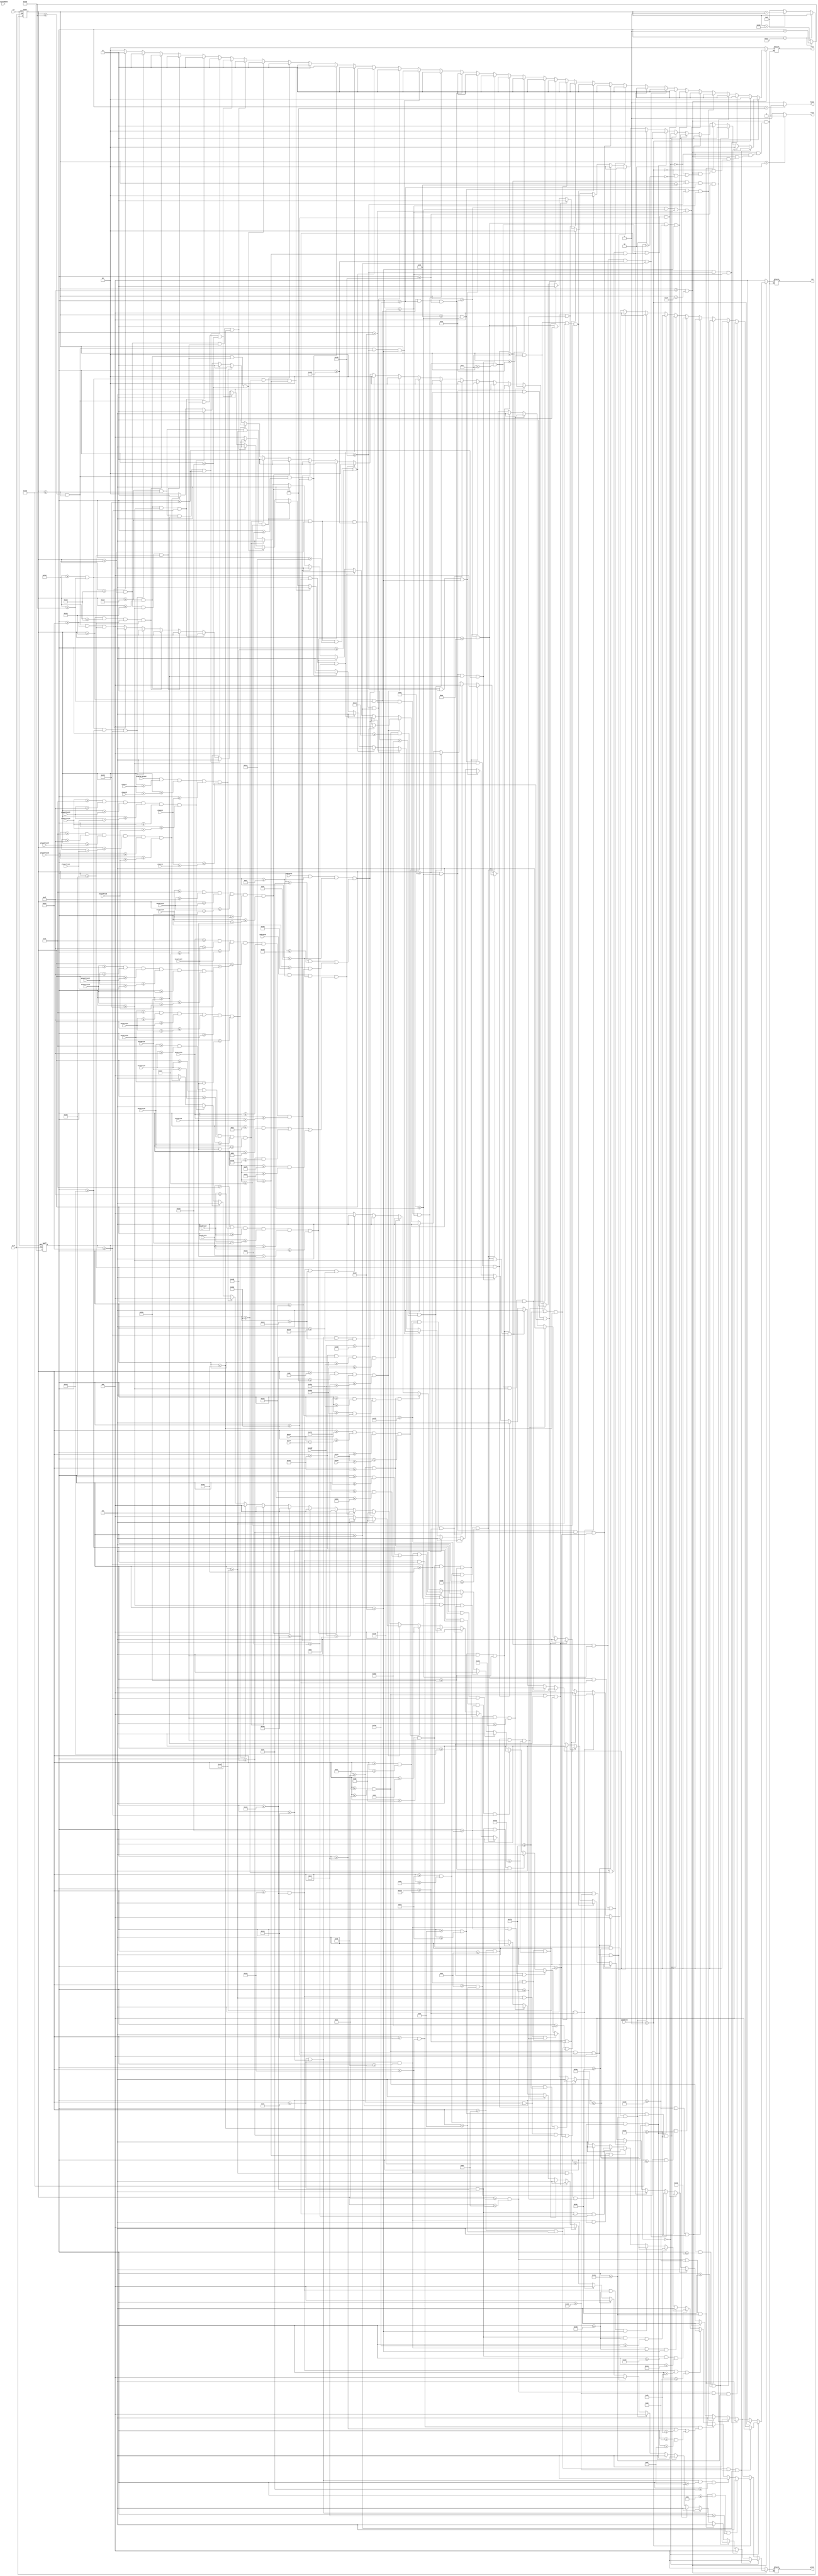
`timescale 1ns / 1ps
//////////////////////////////////////////////////////////////////////////////////
// Company: 
// Engineer: 
// 
// Design Name: 
// Module Name:    vga640x480 
// Project Name: 
// Target Devices: 
// Tool versions: 
// Description: 
//
// Dependencies: 
//
// Revision: 
// Revision 0.01 - File Created
// Additional Comments: 
//
//////////////////////////////////////////////////////////////////////////////////
module vga640x480(
	input wire dclk,			//pixel clock: 25MHz
	input wire display_player,
	input wire rst,			//asynchronous reset
	
	input wire [9:0] bossX,
	input wire [8:0] bossY,
	input wire [9:0] bossW,
	input wire [8:0] bossH,
	
	input wire playerImmune,
	input wire indicate1,
	input wire indicate2,
	input wire [9:0] bossProj1X,
	input wire [8:0] bossProj1Y,
	input wire [9:0] bossProj2X,
	input wire [8:0] bossProj2Y,
	input wire [9:0] bossProj3X,
	input wire [8:0] bossProj3Y,
	input wire [9:0] bossProj4X,
	input wire [8:0] bossProj4Y,
	input wire [9:0] bossProj5X,
	input wire [8:0] bossProj5Y,
	input wire [9:0] bossProjW,
	input wire [8:0] bossProjH,
	input wire [9:0] bossHP,
	
	input wire [9:0] playerX,
	input wire [8:0] playerY,
	input wire [9:0] playerW,
	input wire [8:0] playerH,
	
	input wire [9:0] playerProj1X,
	input wire [8:0] playerProj1Y,
	input wire [9:0] playerProj2X,
	input wire [8:0] playerProj2Y,
	input wire [9:0] playerProj3X,
	input wire [8:0] playerProj3Y,
	input wire [9:0] playerProjW,
	input wire [8:0] playerProjH,
	
	input wire [1:0] gameState,
	
	output wire hsync,		//horizontal sync out
	output wire vsync,		//vertical sync out
	output reg [2:0] red,	//red vga output
	output reg [2:0] green, //green vga output
	output reg [1:0] blue	//blue vga output
	);

// video structure constants
parameter hpixels = 800;// horizontal pixels per line
parameter vlines = 521; // vertical lines per frame
parameter hpulse = 96; 	// hsync pulse length
parameter vpulse = 2; 	// vsync pulse length
parameter hbp = 144; 	// end of horizontal back porch
parameter hfp = 784; 	// beginning of horizontal front porch
parameter vbp = 31; 		// end of vertical back porch
parameter vfp = 511; 	// beginning of vertical front porch
// active horizontal video is therefore: 784 - 144 = 640
// active vertical video is therefore: 511 - 31 = 480

parameter bossHP_Y = 56;
parameter bossHP_H = 40;
parameter bossHP_X = 144 + 50;

parameter PX_PER_BLOCK = 15;
parameter EYE_PX_PER_BLOCK = 10;
parameter VICTORY_Y = 233;
parameter VICTORY_X = 179;

parameter GAMEOVER_X = 314;
parameter GAMEOVER_Y = 189;

parameter LEFT_EYE_X = 334;
parameter LEFT_EYE_Y = 151;
parameter RIGHT_EYE_X = 264+230;
parameter RIGHT_EYE_Y = 151;

parameter INDIC_W = 10;
parameter INDIC_H = 15;
parameter INDIC_Y = 231;
parameter INDIC1_1X = 254;
parameter INDIC1_2X = 664;
parameter INDIC2_1X = 144 + 30;
parameter INDIC2_2X = 464;
parameter INDIC2_3X = 783 - 30;

// registers for storing the horizontal & vertical counters
reg [9:0] hc;
reg [9:0] vc;

// Horizontal & vertical counters --
// this is how we keep track of where we are on the screen.
// ------------------------
// Sequential "always block", which is a block that is
// only triggered on signal transitions or "edges".
// posedge = rising edge  &  negedge = falling edge
// Assignment statements can only be used on type "reg" and need to be of the "non-blocking" type: <=
always @(posedge dclk or posedge rst)
begin
	// reset condition
	if (rst == 1)
	begin
		hc <= 0;
		vc <= 0;
	end
	else
	begin
		// keep counting until the end of the line
		if (hc < hpixels - 1)
			hc <= hc + 1;
		else
		// When we hit the end of the line, reset the horizontal
		// counter and increment the vertical counter.
		// If vertical counter is at the end of the frame, then
		// reset that one too.
		begin
			hc <= 0;
			if (vc < vlines - 1)
				vc <= vc + 1;
			else
				vc <= 0;
		end
		
	end
end

// generate sync pulses (active low)
// ----------------
// "assign" statements are a quick way to
// give values to variables of type: wire
assign hsync = (hc < hpulse) ? 0:1;
assign vsync = (vc < vpulse) ? 0:1;

// display 100% saturation colorbars
// ------------------------
// Combinational "always block", which is a block that is
// triggered when anything in the "sensitivity list" changes.
// The asterisk implies that everything that is capable of triggering the block
// is automatically included in the sensitivty list.  In this case, it would be
// equivalent to the following: always @(hc, vc)
// Assignment statements can only be used on type "reg" and should be of the "blocking" type: =
always @(hc,vc)
begin
	// first check if we're within vertical active video range
	if (vc >= vbp && vc < vfp)
	begin
		// NORMAL GAME STATE
		if (gameState == 2'b00) begin
		
				
			// Boss' left eye
			if (vc >= LEFT_EYE_Y + (2*EYE_PX_PER_BLOCK) && vc <= LEFT_EYE_Y + (4*EYE_PX_PER_BLOCK) &&
				hc >= LEFT_EYE_X + (5*EYE_PX_PER_BLOCK) && hc <= LEFT_EYE_X + (7*EYE_PX_PER_BLOCK))
			begin
				red = 3'b000;
				green = 3'b000;
				blue = 2'b00;
			end

			else if (vc >= LEFT_EYE_Y + EYE_PX_PER_BLOCK && vc <= LEFT_EYE_Y + (2*EYE_PX_PER_BLOCK) &&
				hc >= LEFT_EYE_X + (5*EYE_PX_PER_BLOCK) && hc <= LEFT_EYE_X + (6*EYE_PX_PER_BLOCK))
			begin
				red = 3'b000;
				green = 3'b000;
				blue = 2'b00;
			end
			else if (vc >= LEFT_EYE_Y && vc <= LEFT_EYE_Y + EYE_PX_PER_BLOCK &&
				hc >= LEFT_EYE_X && hc <= LEFT_EYE_X + (3*EYE_PX_PER_BLOCK))
			begin
				red = 3'b111;
				green = 3'b111;
				blue = 2'b11;
			end

			else if (vc >= LEFT_EYE_Y + EYE_PX_PER_BLOCK && vc <= LEFT_EYE_Y + (2*EYE_PX_PER_BLOCK) &&
				hc >= LEFT_EYE_X + EYE_PX_PER_BLOCK && hc <= LEFT_EYE_X + (6*EYE_PX_PER_BLOCK))
			begin
				red = 3'b111;
				green = 3'b111;
				blue = 2'b11;
			end

			else if (vc >= LEFT_EYE_Y + (2*EYE_PX_PER_BLOCK) && vc <= LEFT_EYE_Y + (3*EYE_PX_PER_BLOCK) &&
				hc >= LEFT_EYE_X + EYE_PX_PER_BLOCK && hc <= LEFT_EYE_X + (9*EYE_PX_PER_BLOCK))
			begin
				red = 3'b111;
				green = 3'b111;
				blue = 2'b11;
			end

			else if (vc >= LEFT_EYE_Y + (3*EYE_PX_PER_BLOCK) && vc <= LEFT_EYE_Y + (4*EYE_PX_PER_BLOCK) &&
				hc >= LEFT_EYE_X + (2*EYE_PX_PER_BLOCK) && hc <= LEFT_EYE_X + (9*EYE_PX_PER_BLOCK))
			begin
				red = 3'b111;
				green = 3'b111;
				blue = 2'b11;
			end

			else if (vc >= LEFT_EYE_Y + (4*EYE_PX_PER_BLOCK) && vc <= LEFT_EYE_Y + (5*EYE_PX_PER_BLOCK) &&
				hc >= LEFT_EYE_X + (3*EYE_PX_PER_BLOCK) && hc <= LEFT_EYE_X + (9*EYE_PX_PER_BLOCK))
			begin
				red = 3'b111;
				green = 3'b111;
				blue = 2'b11;
			end

			else if (vc >= LEFT_EYE_Y + (5*EYE_PX_PER_BLOCK) && vc <= LEFT_EYE_Y + (6*EYE_PX_PER_BLOCK) &&
				hc >= LEFT_EYE_X + (4*EYE_PX_PER_BLOCK) && hc <= LEFT_EYE_X + (8*EYE_PX_PER_BLOCK))
			begin
				red = 3'b111;
				green = 3'b111;
				blue = 2'b11;
			end
			//boss left eyebrow
			else if (vc >= LEFT_EYE_Y - (2*EYE_PX_PER_BLOCK) && vc <= LEFT_EYE_Y - EYE_PX_PER_BLOCK &&
				hc >= LEFT_EYE_X + (3*EYE_PX_PER_BLOCK) && hc <= LEFT_EYE_X + (6*EYE_PX_PER_BLOCK))
			begin
				red = 3'b000;
				green = 3'b000;
				blue = 2'b00;
			end

			else if (vc >= LEFT_EYE_Y - EYE_PX_PER_BLOCK && vc <= LEFT_EYE_Y &&
				hc >= LEFT_EYE_X + (5*EYE_PX_PER_BLOCK) && hc <= LEFT_EYE_X + (8*EYE_PX_PER_BLOCK))
			begin
				red = 3'b000;
				green = 3'b000;
				blue = 2'b00;
			end

			else if (vc >= LEFT_EYE_Y && vc <= LEFT_EYE_Y + EYE_PX_PER_BLOCK &&
				hc >= LEFT_EYE_X + (7*EYE_PX_PER_BLOCK) && hc <= LEFT_EYE_X + (10*EYE_PX_PER_BLOCK))
			begin
				red = 3'b000;
				green = 3'b000;
				blue = 2'b00;
			end


			
			
			// Boss' right eye
			else if (vc >= RIGHT_EYE_Y + (2*EYE_PX_PER_BLOCK) && vc <= RIGHT_EYE_Y + (4*EYE_PX_PER_BLOCK) &&
				hc >= RIGHT_EYE_X + (2*EYE_PX_PER_BLOCK) && hc <= RIGHT_EYE_X + (4*EYE_PX_PER_BLOCK))
			begin
				red = 3'b000;
				green = 3'b000;
				blue = 2'b00;
			end

			else if (vc >= RIGHT_EYE_Y + EYE_PX_PER_BLOCK && vc <= RIGHT_EYE_Y + (2*EYE_PX_PER_BLOCK) &&
				hc >= RIGHT_EYE_X + (3*EYE_PX_PER_BLOCK) && hc <= RIGHT_EYE_X + (4*EYE_PX_PER_BLOCK))
			begin
				red = 3'b000;
				green = 3'b000;
				blue = 2'b00;
			end
			else if (vc >= RIGHT_EYE_Y && vc <= RIGHT_EYE_Y + EYE_PX_PER_BLOCK &&
				hc >= RIGHT_EYE_X + (6*EYE_PX_PER_BLOCK) && hc <= RIGHT_EYE_X + (9*EYE_PX_PER_BLOCK))
			begin
				red = 3'b111;
				green = 3'b111;
				blue = 2'b11;
			end

			else if (vc >= RIGHT_EYE_Y + EYE_PX_PER_BLOCK && vc <= RIGHT_EYE_Y + (2*EYE_PX_PER_BLOCK) &&
				hc >= RIGHT_EYE_X + (3*EYE_PX_PER_BLOCK) && hc <= RIGHT_EYE_X + (8*EYE_PX_PER_BLOCK))
			begin
				red = 3'b111;
				green = 3'b111;
				blue = 2'b11;
			end

			else if (vc >= RIGHT_EYE_Y + (2*EYE_PX_PER_BLOCK) && vc <= RIGHT_EYE_Y + (3*EYE_PX_PER_BLOCK) &&
				hc >= RIGHT_EYE_X && hc <= RIGHT_EYE_X + (8*EYE_PX_PER_BLOCK))
			begin
				red = 3'b111;
				green = 3'b111;
				blue = 2'b11;
			end

			else if (vc >= RIGHT_EYE_Y + (3*EYE_PX_PER_BLOCK) && vc <= RIGHT_EYE_Y + (4*EYE_PX_PER_BLOCK) &&
				hc >= RIGHT_EYE_X && hc <= RIGHT_EYE_X + (7*EYE_PX_PER_BLOCK))
			begin
				red = 3'b111;
				green = 3'b111;
				blue = 2'b11;
			end

			else if (vc >= RIGHT_EYE_Y + (4*EYE_PX_PER_BLOCK) && vc <= RIGHT_EYE_Y + (5*EYE_PX_PER_BLOCK) &&
				hc >= RIGHT_EYE_X && hc <= RIGHT_EYE_X + (6*EYE_PX_PER_BLOCK))
			begin
				red = 3'b111;
				green = 3'b111;
				blue = 2'b11;
			end

			else if (vc >= RIGHT_EYE_Y + (5*EYE_PX_PER_BLOCK) && vc <= RIGHT_EYE_Y + (6*EYE_PX_PER_BLOCK) &&
				hc >= RIGHT_EYE_X + EYE_PX_PER_BLOCK && hc <= RIGHT_EYE_X + (5*EYE_PX_PER_BLOCK))
			begin
				red = 3'b111;
				green = 3'b111;
				blue = 2'b11;
			end

			else if (vc >= RIGHT_EYE_Y - (2*EYE_PX_PER_BLOCK) && vc <= RIGHT_EYE_Y - EYE_PX_PER_BLOCK &&
				hc >= RIGHT_EYE_X + (3*EYE_PX_PER_BLOCK) && hc <= RIGHT_EYE_X + (6*EYE_PX_PER_BLOCK))
			begin
				red = 3'b000;
				green = 3'b000;
				blue = 2'b00;
			end
			// Boss right eyebrow
			else if (vc >= RIGHT_EYE_Y - EYE_PX_PER_BLOCK && vc <= RIGHT_EYE_Y &&
				hc >= RIGHT_EYE_X + EYE_PX_PER_BLOCK && hc <= RIGHT_EYE_X + (4*EYE_PX_PER_BLOCK))
			begin
				red = 3'b000;
				green = 3'b000;
				blue = 2'b00;
			end

			else if (vc >= RIGHT_EYE_Y && vc <= RIGHT_EYE_Y + EYE_PX_PER_BLOCK &&
				hc >= RIGHT_EYE_X - EYE_PX_PER_BLOCK && hc <= RIGHT_EYE_X + (2*EYE_PX_PER_BLOCK))
			begin
				red = 3'b000;
				green = 3'b000;
				blue = 2'b00;
			end

			

		
			// draw boss rectangle
			else if (vc >= bossY && vc <= bossY + bossH &&
				hc >= bossX && hc <= bossX + bossW)
			begin
				red = 3'b111;
				green = 3'b000;
				blue = 2'b00;
			end
			
			// draw boss HP meter
			else if (vc >= bossHP_Y && vc <= (bossHP_Y + bossHP_H) &&
				hc >= bossHP_X && hc <= (bossHP_X + bossHP))
			begin
				if (bossHP > 360) begin
					red = 3'b000;
					green = 3'b111;
					blue = 2'b00;
				end
				
				else if (bossHP > 180) begin
					red = 3'b111;
					green = 3'b111;
					blue = 2'b00;
				end
				else begin
					red = 3'b111;
					green = 3'b000;
					blue = 2'b00;
				end
			end
		
			// draw indicators
			else if (indicate1 && vc >= INDIC_Y && vc <= INDIC_Y + INDIC_H &&
					((hc >= INDIC1_1X && hc <= INDIC1_1X + INDIC_W) ||
					(hc >= INDIC1_2X && hc <= INDIC1_2X + INDIC_W)))
			begin
				red = 3'b111;
				green = 3'b111;
				blue = 2'b00;
			end
						
			else if (indicate2 && vc >= INDIC_Y && vc <= INDIC_Y + INDIC_H &&
					((hc >= INDIC2_1X && hc <= INDIC2_1X + INDIC_W) ||
					(hc >= INDIC2_2X && hc <= INDIC2_2X + INDIC_W) ||
					(hc >= INDIC2_3X && hc <= INDIC2_3X + INDIC_W)))
			begin
				red = 3'b111;
				green = 3'b111;
				blue = 2'b00;
			end
						
			// draw boss projectile 1
			else if (bossProj1X >= 144 && bossProj1Y >= 31 &&
				vc >= bossProj1Y && vc <= bossProj1Y + bossProjH &&
				hc >= bossProj1X && hc <= bossProj1X + bossProjW)
			begin
				red = 3'b111;
				green = 3'b000;
				blue = 2'b11;
			end
			
			// draw boss projectile 2
			else if (bossProj2X >= 144 && bossProj2Y >= 31 &&
				vc >= bossProj2Y && vc <= bossProj2Y + bossProjH &&
				hc >= bossProj2X && hc <= bossProj2X + bossProjW)
			begin
				red = 3'b111;
				green = 3'b000;
				blue = 2'b11;
			end
			
			// draw boss projectile 3
			else if (bossProj3X >= 144 && bossProj3Y >= 31 &&
				vc >= bossProj3Y && vc <= bossProj3Y + bossProjH &&
				hc >= bossProj3X && hc <= bossProj3X + bossProjW)
			begin
				red = 3'b111;
				green = 3'b000;
				blue = 2'b11;
			end
			
			// draw boss projectile 4
			else if (bossProj4X >= 144 && bossProj4Y >= 31 &&
				vc >= bossProj4Y && vc <= bossProj4Y + bossProjH &&
				hc >= bossProj4X && hc <= bossProj4X + bossProjW)
			begin
				red = 3'b111;
				green = 3'b000;
				blue = 2'b11;
			end
			
			// draw boss projectile 5
			else if (bossProj5X >= 144 && bossProj5Y >= 31 &&
				vc >= bossProj5Y && vc <= bossProj5Y + bossProjH &&
				hc >= bossProj5X && hc <= bossProj5X + bossProjW)
			begin
				red = 3'b111;
				green = 3'b000;
				blue = 2'b11;
			end
			
			// draw player
			else if (/*(!playerImmune || (playerImmune && clk_immune)) &&*/ display_player && vc >= playerY && vc <= playerY + playerH &&
				hc >= playerX && hc <= playerX + playerW)
			begin
				red = 3'b000;
				green = 3'b000;
				blue = 2'b11;
			end
			
			// draw player projectile 1
			else if (playerProj1X >= 144 && playerProj1Y >= 31 &&
				vc >= playerProj1Y && vc <= playerProj1Y + playerProjH &&
				hc >= playerProj1X && hc <= playerProj1X + playerProjW)
			begin
				red = 3'b000;
				green = 3'b111;
				blue = 2'b11;
			end
			
			// draw player projectile 2
			else if (playerProj2X >= 144 && playerProj2Y >= 31 &&
				vc >= playerProj2Y && vc <= playerProj2Y + playerProjH &&
				hc >= playerProj2X && hc <= playerProj2X + playerProjW)
			begin
				red = 3'b000;
				green = 3'b111;
				blue = 2'b11;
			end
			
			// draw player projectile 3
			else if (playerProj3X >= 144 && playerProj3Y >= 31 &&
				vc >= playerProj3Y && vc <= playerProj3Y + playerProjH &&
				hc >= playerProj3X && hc <= playerProj3X + playerProjW)
			begin
				red = 3'b000;
				green = 3'b111;
				blue = 2'b11;
			end
			
			// we're outside active horizontal range so display black
			else
			begin
				red = 0;
				green = 0;
				blue = 0;
			end
		end
		//VICTORY GAME SCREEN
		else if (gameState == 2'b01) begin
			//Display "V"
			if (vc >= VICTORY_Y && vc <= VICTORY_Y + (3*PX_PER_BLOCK) &&
				hc >= VICTORY_X && hc <= VICTORY_X + PX_PER_BLOCK)
			begin
				red = 3'b000;
				green = 3'b111;
				blue = 2'b00;
			end
			
			else if (vc >= VICTORY_Y && vc <= VICTORY_Y + (3*PX_PER_BLOCK) &&
				hc >= VICTORY_X + (4*PX_PER_BLOCK) && hc <= VICTORY_X + (5*PX_PER_BLOCK))
			begin
				red = 3'b000;
				green = 3'b111;
				blue = 2'b00;
			end
			
			else if (vc >= VICTORY_Y + (3*PX_PER_BLOCK) && vc <= VICTORY_Y + (4*PX_PER_BLOCK) &&
				((hc >= VICTORY_X + PX_PER_BLOCK && hc <= VICTORY_X + (2*PX_PER_BLOCK)) ||
				(hc >= VICTORY_X + (3*PX_PER_BLOCK) && hc <= VICTORY_X + (4*PX_PER_BLOCK))))
			begin
				red = 3'b000;
				green = 3'b111;
				blue = 2'b00;
			end
			
			else if (vc >= VICTORY_Y + (4*PX_PER_BLOCK) && vc <= VICTORY_Y + (5*PX_PER_BLOCK) &&
				hc >= VICTORY_X + (2*PX_PER_BLOCK) && hc <= VICTORY_X + (3*PX_PER_BLOCK))
			begin
				red = 3'b000;
				green = 3'b111;
				blue = 2'b00;
			end
			
			//Display "I"
			else if (vc >= VICTORY_Y && vc <= VICTORY_Y + (5*PX_PER_BLOCK) &&
				hc >= VICTORY_X + (6*PX_PER_BLOCK) && hc <= VICTORY_X + (7*PX_PER_BLOCK))
			begin
				red = 3'b000;
				green = 3'b111;
				blue = 2'b00;
			end
			
			//Display "C"
			else if (vc >= VICTORY_Y && vc <= VICTORY_Y + PX_PER_BLOCK &&
				hc >= VICTORY_X + (8*PX_PER_BLOCK) && hc <= VICTORY_X + (12*PX_PER_BLOCK))
			begin
				red = 3'b000;
				green = 3'b111;
				blue = 2'b00;
			end
			
			else if (vc >= VICTORY_Y && vc <= VICTORY_Y + (5*PX_PER_BLOCK) &&
				hc >= VICTORY_X + (8*PX_PER_BLOCK) && hc <= VICTORY_X + (9*PX_PER_BLOCK))
			begin
				red = 3'b000;
				green = 3'b111;
				blue = 2'b00;
			end
			
			else if (vc >= VICTORY_Y + (4*PX_PER_BLOCK) && vc <= VICTORY_Y + (5*PX_PER_BLOCK) &&
				hc >= VICTORY_X + (8*PX_PER_BLOCK) && hc <= VICTORY_X + (12*PX_PER_BLOCK))
			begin
				red = 3'b000;
				green = 3'b111;
				blue = 2'b00;
			end
			
			//Display "T"
			else if (vc >= VICTORY_Y && vc <= VICTORY_Y + PX_PER_BLOCK &&
				hc >= VICTORY_X + (13*PX_PER_BLOCK) && hc <= VICTORY_X + (18*PX_PER_BLOCK))
			begin
				red = 3'b000;
				green = 3'b111;
				blue = 2'b00;
			end
			
			else if (vc >= VICTORY_Y && vc <= VICTORY_Y + (5*PX_PER_BLOCK) &&
				hc >= VICTORY_X + (15*PX_PER_BLOCK) && hc <= VICTORY_X + (16*PX_PER_BLOCK))
			begin
				red = 3'b000;
				green = 3'b111;
				blue = 2'b00;
			end
			
			//Display "O"
			else if (vc >= VICTORY_Y && vc <= VICTORY_Y + PX_PER_BLOCK &&
				hc >= VICTORY_X + (20*PX_PER_BLOCK) && hc <= VICTORY_X + (22*PX_PER_BLOCK))
			begin
				red = 3'b000;
				green = 3'b111;
				blue = 2'b00;
			end
			
			else if (vc >= VICTORY_Y + PX_PER_BLOCK && vc <= VICTORY_Y + (4*PX_PER_BLOCK) &&
				hc >= VICTORY_X + (19*PX_PER_BLOCK) && hc <= VICTORY_X + (20*PX_PER_BLOCK))
			begin
				red = 3'b000;
				green = 3'b111;
				blue = 2'b00;
			end
			
			else if (vc >= VICTORY_Y + PX_PER_BLOCK && vc <= VICTORY_Y + (4*PX_PER_BLOCK) &&
				hc >= VICTORY_X + (22*PX_PER_BLOCK) && hc <= VICTORY_X + (23*PX_PER_BLOCK))
			begin
				red = 3'b000;
				green = 3'b111;
				blue = 2'b00;
			end
			
			else if (vc >= VICTORY_Y + (4*PX_PER_BLOCK) && vc <= VICTORY_Y + (5*PX_PER_BLOCK) &&
				hc >= VICTORY_X + (20*PX_PER_BLOCK) && hc <= VICTORY_X + (22*PX_PER_BLOCK))
			begin
				red = 3'b000;
				green = 3'b111;
				blue = 2'b00;
			end
			
			//Display "R"
			else if (vc >= VICTORY_Y && vc <= VICTORY_Y + PX_PER_BLOCK &&
				hc >= VICTORY_X + (24*PX_PER_BLOCK) && hc <= VICTORY_X + (27*PX_PER_BLOCK))
			begin
				red = 3'b000;
				green = 3'b111;
				blue = 2'b00;
			end
			
			else if (vc >= VICTORY_Y && vc <= VICTORY_Y + (5*PX_PER_BLOCK) &&
				hc >= VICTORY_X + (24*PX_PER_BLOCK) && hc <= VICTORY_X + (25*PX_PER_BLOCK))
			begin
				red = 3'b000;
				green = 3'b111;
				blue = 2'b00;
			end
			
			else if (vc >= VICTORY_Y + (2*PX_PER_BLOCK) && vc <= VICTORY_Y + (3*PX_PER_BLOCK) &&
				hc >= VICTORY_X + (24*PX_PER_BLOCK) && hc <= VICTORY_X + (28*PX_PER_BLOCK))
			begin
				red = 3'b000;
				green = 3'b111;
				blue = 2'b00;
			end
			
			else if (vc >= VICTORY_Y + PX_PER_BLOCK && vc <= VICTORY_Y + (2*PX_PER_BLOCK) &&
				hc >= VICTORY_X + (27*PX_PER_BLOCK) && hc <= VICTORY_X + (28*PX_PER_BLOCK))
			begin
				red = 3'b000;
				green = 3'b111;
				blue = 2'b00;
			end
			
			else if (vc >= VICTORY_Y + (3*PX_PER_BLOCK) && vc <= VICTORY_Y + (4*PX_PER_BLOCK) &&
				hc >= VICTORY_X + (26*PX_PER_BLOCK) && hc <= VICTORY_X + (27*PX_PER_BLOCK))
			begin
				red = 3'b000;
				green = 3'b111;
				blue = 2'b00;
			end
			
			else if (vc >= VICTORY_Y + (4*PX_PER_BLOCK) && vc <= VICTORY_Y + (5*PX_PER_BLOCK) &&
				hc >= VICTORY_X + (27*PX_PER_BLOCK) && hc <= VICTORY_X + (28*PX_PER_BLOCK))
			begin
				red = 3'b000;
				green = 3'b111;
				blue = 2'b00;
			end
			
			//Display "Y"
			else if (vc >= VICTORY_Y && vc <= VICTORY_Y + PX_PER_BLOCK &&
				((hc >= VICTORY_X + (29*PX_PER_BLOCK) && hc <= VICTORY_X + (30*PX_PER_BLOCK)) ||
				(hc >= VICTORY_X + (33*PX_PER_BLOCK) && hc <= VICTORY_X + (34*PX_PER_BLOCK))))
			begin
				red = 3'b000;
				green = 3'b111;
				blue = 2'b00;
			end
			
			else if (vc >= VICTORY_Y + PX_PER_BLOCK && vc <= VICTORY_Y + (2*PX_PER_BLOCK) &&
				((hc >= VICTORY_X + (30*PX_PER_BLOCK) && hc <= VICTORY_X + (31*PX_PER_BLOCK)) ||
				(hc >= VICTORY_X + (32*PX_PER_BLOCK) && hc <= VICTORY_X + (33*PX_PER_BLOCK))))
			begin
				red = 3'b000;
				green = 3'b111;
				blue = 2'b00;
			end
			
			else if (vc >= VICTORY_Y + (2*PX_PER_BLOCK) && vc <= VICTORY_Y + (5*PX_PER_BLOCK) &&
				hc >= VICTORY_X + (31*PX_PER_BLOCK) && hc <= VICTORY_X + (32*PX_PER_BLOCK))
			begin
				red = 3'b000;
				green = 3'b111;
				blue = 2'b00;
			end
			
			//Display "!"
			else if (vc >= VICTORY_Y && vc <= VICTORY_Y + (3*PX_PER_BLOCK) &&
				hc >= VICTORY_X + (35*PX_PER_BLOCK) && hc <= VICTORY_X + (36*PX_PER_BLOCK))
			begin
				red = 3'b000;
				green = 3'b111;
				blue = 2'b00;
			end
            
            else if (vc >= VICTORY_Y + (4*PX_PER_BLOCK) && vc <= VICTORY_Y + (5*PX_PER_BLOCK) &&
                hc >= VICTORY_X + (35*PX_PER_BLOCK) && hc <= VICTORY_X + (36*PX_PER_BLOCK))
            begin
                red = 3'b000;
                green = 3'b111;
                blue = 2'b00;
            end
			
			else
			begin
				red = 0;
				green = 0;
				blue = 0;
			end
		end
		
		//GAME OVER SCREEN
		else if (gameState == 2'b10)
		begin
			//Display "G"
			if (vc >= GAMEOVER_Y && vc <= GAMEOVER_Y + PX_PER_BLOCK &&
				hc >= GAMEOVER_X + PX_PER_BLOCK && hc <= GAMEOVER_X + (4*PX_PER_BLOCK))
			begin
				red = 3'b111;
				green = 3'b111;
				blue = 2'b11;
			end
			
			else if (vc >= GAMEOVER_Y + PX_PER_BLOCK && vc <= GAMEOVER_Y + (4*PX_PER_BLOCK) &&
				hc >= GAMEOVER_X && hc <= GAMEOVER_X + PX_PER_BLOCK)
			begin
				red = 3'b111;
				green = 3'b111;
				blue = 2'b11;
			end
			
			else if (vc >= GAMEOVER_Y + (4*PX_PER_BLOCK) && vc <= GAMEOVER_Y + (5*PX_PER_BLOCK) &&
				hc >= GAMEOVER_X + PX_PER_BLOCK && hc <= GAMEOVER_X + (4*PX_PER_BLOCK))
			begin
				red = 3'b111;
				green = 3'b111;
				blue = 2'b11;
			end
			
			else if (vc >= GAMEOVER_Y + (2*PX_PER_BLOCK) && vc <= GAMEOVER_Y + (5*PX_PER_BLOCK) &&
				hc >= GAMEOVER_X + (3*PX_PER_BLOCK) && hc <= GAMEOVER_X + (4*PX_PER_BLOCK))
			begin
				red = 3'b111;
				green = 3'b111;
				blue = 2'b11;
			end
			
			else if (vc >= GAMEOVER_Y + (2*PX_PER_BLOCK) && vc <= GAMEOVER_Y + (3*PX_PER_BLOCK) &&
				hc >= GAMEOVER_X + (2*PX_PER_BLOCK) && hc <= GAMEOVER_X + (3*PX_PER_BLOCK))
			begin
				red = 3'b111;
				green = 3'b111;
				blue = 2'b11;
			end
			
			//Display "A"
			else if (vc >= GAMEOVER_Y && vc <= GAMEOVER_Y + PX_PER_BLOCK &&
				hc >= GAMEOVER_X + (6*PX_PER_BLOCK) && hc <= GAMEOVER_X + (8*PX_PER_BLOCK))
			begin
				red = 3'b111;
				green = 3'b111;
				blue = 2'b11;
			end

			else if (vc >= GAMEOVER_Y + PX_PER_BLOCK && vc <= GAMEOVER_Y + (5*PX_PER_BLOCK) &&
				hc >= GAMEOVER_X + (5*PX_PER_BLOCK) && hc <= GAMEOVER_X + (6*PX_PER_BLOCK))
			begin
				red = 3'b111;
				green = 3'b111;
				blue = 2'b11;
			end

			else if (vc >= GAMEOVER_Y + PX_PER_BLOCK && vc <= GAMEOVER_Y + (5*PX_PER_BLOCK) &&
				hc >= GAMEOVER_X + (8*PX_PER_BLOCK) && hc <= GAMEOVER_X + (9*PX_PER_BLOCK))
			begin
				red = 3'b111;
				green = 3'b111;
				blue = 2'b11;
			end

			else if (vc >= GAMEOVER_Y + (2*PX_PER_BLOCK) && vc <= GAMEOVER_Y + (3*PX_PER_BLOCK) &&
				hc >= GAMEOVER_X + (6*PX_PER_BLOCK) && hc <= GAMEOVER_X + (8*PX_PER_BLOCK))
			begin
				red = 3'b111;
				green = 3'b111;
				blue = 2'b11;
			end

			//Display "M"
			else if (vc >= GAMEOVER_Y && vc <= GAMEOVER_Y + (5*PX_PER_BLOCK) &&
				hc >= GAMEOVER_X + (10*PX_PER_BLOCK) && hc <= GAMEOVER_X + (11*PX_PER_BLOCK))
			begin
				red = 3'b111;
				green = 3'b111;
				blue = 2'b11;
			end

			else if (vc >= GAMEOVER_Y + PX_PER_BLOCK && vc <= GAMEOVER_Y + (2*PX_PER_BLOCK) &&
				hc >= GAMEOVER_X + (11*PX_PER_BLOCK) && hc <= GAMEOVER_X + (12*PX_PER_BLOCK))
			begin
				red = 3'b111;
				green = 3'b111;
				blue = 2'b11;
			end

			else if (vc >= GAMEOVER_Y + (2*PX_PER_BLOCK) && vc <= GAMEOVER_Y + (3*PX_PER_BLOCK) &&
				hc >= GAMEOVER_X + (12*PX_PER_BLOCK) && hc <= GAMEOVER_X + (13*PX_PER_BLOCK))
			begin
				red = 3'b111;
				green = 3'b111;
				blue = 2'b11;
			end

			else if (vc >= GAMEOVER_Y + PX_PER_BLOCK && vc <= GAMEOVER_Y + (2*PX_PER_BLOCK) &&
				hc >= GAMEOVER_X + (13*PX_PER_BLOCK) && hc <= GAMEOVER_X + (14*PX_PER_BLOCK))
			begin
				red = 3'b111;
				green = 3'b111;
				blue = 2'b11;
			end

			else if (vc >= GAMEOVER_Y && vc <= GAMEOVER_Y + (5*PX_PER_BLOCK) &&
				hc >= GAMEOVER_X + (14*PX_PER_BLOCK) && hc <= GAMEOVER_X + (15*PX_PER_BLOCK))
			begin
				red = 3'b111;
				green = 3'b111;
				blue = 2'b11;
			end

			//Display "E"
			else if (vc >= GAMEOVER_Y && vc <= GAMEOVER_Y + PX_PER_BLOCK &&
				hc >= GAMEOVER_X + (17*PX_PER_BLOCK) && hc <= GAMEOVER_X + (20*PX_PER_BLOCK))
			begin
				red = 3'b111;
				green = 3'b111;
				blue = 2'b11;
			end

			else if (vc >= GAMEOVER_Y + (2*PX_PER_BLOCK) && vc <= GAMEOVER_Y + (3*PX_PER_BLOCK) &&
				hc >= GAMEOVER_X + (17*PX_PER_BLOCK) && hc <= GAMEOVER_X + (19*PX_PER_BLOCK))
			begin
				red = 3'b111;
				green = 3'b111;
				blue = 2'b11;
			end

			else if (vc >= GAMEOVER_Y + (4*PX_PER_BLOCK) && vc <= GAMEOVER_Y + (5*PX_PER_BLOCK) &&
				hc >= GAMEOVER_X + (17*PX_PER_BLOCK) && hc <= GAMEOVER_X + (20*PX_PER_BLOCK))
			begin
				red = 3'b111;
				green = 3'b111;
				blue = 2'b11;
			end

			else if (vc >= GAMEOVER_Y && vc <= GAMEOVER_Y + (5*PX_PER_BLOCK) &&
				hc >= GAMEOVER_X + (16*PX_PER_BLOCK) && hc <= GAMEOVER_X + (17*PX_PER_BLOCK))
			begin
				red = 3'b111;
				green = 3'b111;
				blue = 2'b11;
			end

			//Display O
			else if (vc >= GAMEOVER_Y + (6*PX_PER_BLOCK) && vc <= GAMEOVER_Y + (7*PX_PER_BLOCK) &&
				hc >= GAMEOVER_X + PX_PER_BLOCK && hc <= GAMEOVER_X + (3*PX_PER_BLOCK))
			begin
				red = 3'b111;
				green = 3'b111;
				blue = 2'b11;
			end

			else if (vc >= GAMEOVER_Y + (7*PX_PER_BLOCK) && vc <= GAMEOVER_Y + (10*PX_PER_BLOCK) &&
				hc >= GAMEOVER_X && hc <= GAMEOVER_X + PX_PER_BLOCK)
			begin
				red = 3'b111;
				green = 3'b111;
				blue = 2'b11;
			end

			else if (vc >= GAMEOVER_Y + (7*PX_PER_BLOCK) && vc <= GAMEOVER_Y + (10*PX_PER_BLOCK) &&
				hc >= GAMEOVER_X + (3*PX_PER_BLOCK) && hc <= GAMEOVER_X + (4*PX_PER_BLOCK))
			begin
				red = 3'b111;
				green = 3'b111;
				blue = 2'b11;
			end

			else if (vc >= GAMEOVER_Y + (10*PX_PER_BLOCK) && vc <= GAMEOVER_Y + (11*PX_PER_BLOCK) &&
				hc >= GAMEOVER_X + PX_PER_BLOCK && hc <= GAMEOVER_X + (3*PX_PER_BLOCK))
			begin
				red = 3'b111;
				green = 3'b111;
				blue = 2'b11;
			end

			//Display V
			else if (vc >= GAMEOVER_Y + (6*PX_PER_BLOCK) && vc <= GAMEOVER_Y + (9*PX_PER_BLOCK) &&
				hc >= GAMEOVER_X + (5*PX_PER_BLOCK) && hc <= GAMEOVER_X + (6*PX_PER_BLOCK))
			begin
				red = 3'b111;
				green = 3'b111;
				blue = 2'b11;
			end

			else if (vc >= GAMEOVER_Y + (6*PX_PER_BLOCK) && vc <= GAMEOVER_Y + (9*PX_PER_BLOCK) &&
				hc >= GAMEOVER_X + (9*PX_PER_BLOCK) && hc <= GAMEOVER_X + (10*PX_PER_BLOCK))
			begin
				red = 3'b111;
				green = 3'b111;
				blue = 2'b11;
			end

			else if (vc >= GAMEOVER_Y + (9*PX_PER_BLOCK) && vc <= GAMEOVER_Y + (10*PX_PER_BLOCK) &&
				hc >= GAMEOVER_X + (6*PX_PER_BLOCK) && hc <= GAMEOVER_X + (7*PX_PER_BLOCK))
			begin
				red = 3'b111;
				green = 3'b111;
				blue = 2'b11;
			end

			else if (vc >= GAMEOVER_Y + (10*PX_PER_BLOCK) && vc <= GAMEOVER_Y + (11*PX_PER_BLOCK) &&
				hc >= GAMEOVER_X + (7*PX_PER_BLOCK) && hc <= GAMEOVER_X + (8*PX_PER_BLOCK))
			begin
				red = 3'b111;
				green = 3'b111;
				blue = 2'b11;
			end

			else if (vc >= GAMEOVER_Y + (9*PX_PER_BLOCK) && vc <= GAMEOVER_Y + (10*PX_PER_BLOCK) &&
				hc >= GAMEOVER_X + (8*PX_PER_BLOCK) && hc <= GAMEOVER_X + (9*PX_PER_BLOCK))
			begin
				red = 3'b111;
				green = 3'b111;
				blue = 2'b11;
			end

			//Display E
			else if (vc >= GAMEOVER_Y + (6*PX_PER_BLOCK) && vc <= GAMEOVER_Y + (11*PX_PER_BLOCK) &&
				hc >= GAMEOVER_X + (11*PX_PER_BLOCK) && hc <= GAMEOVER_X + (12*PX_PER_BLOCK))
			begin
				red = 3'b111;
				green = 3'b111;
				blue = 2'b11;
			end

			else if (vc >= GAMEOVER_Y + (6*PX_PER_BLOCK) && vc <= GAMEOVER_Y + (7*PX_PER_BLOCK) &&
				hc >= GAMEOVER_X + (12*PX_PER_BLOCK) && hc <= GAMEOVER_X + (15*PX_PER_BLOCK))
			begin
				red = 3'b111;
				green = 3'b111;
				blue = 2'b11;
			end

			else if (vc >= GAMEOVER_Y + (8*PX_PER_BLOCK) && vc <= GAMEOVER_Y + (9*PX_PER_BLOCK) &&
				hc >= GAMEOVER_X + (12*PX_PER_BLOCK) && hc <= GAMEOVER_X + (14*PX_PER_BLOCK))
			begin
				red = 3'b111;
				green = 3'b111;
				blue = 2'b11;
			end

			else if (vc >= GAMEOVER_Y + (10*PX_PER_BLOCK) && vc <= GAMEOVER_Y + (11*PX_PER_BLOCK) &&
				hc >= GAMEOVER_X + (12*PX_PER_BLOCK) && hc <= GAMEOVER_X + (15*PX_PER_BLOCK))
			begin
				red = 3'b111;
				green = 3'b111;
				blue = 2'b11;
			end

			//Display "R"
			else if (vc >= GAMEOVER_Y + (6*PX_PER_BLOCK) && vc <= GAMEOVER_Y + (11*PX_PER_BLOCK) &&
				hc >= GAMEOVER_X + (16*PX_PER_BLOCK) && hc <= GAMEOVER_X + (17*PX_PER_BLOCK))
			begin
				red = 3'b111;
				green = 3'b111;
				blue = 2'b11;
			end

			else if (vc >= GAMEOVER_Y + (6*PX_PER_BLOCK) && vc <= GAMEOVER_Y + (7*PX_PER_BLOCK) &&
				hc >= GAMEOVER_X + (17*PX_PER_BLOCK) && hc <= GAMEOVER_X + (19*PX_PER_BLOCK))
			begin
				red = 3'b111;
				green = 3'b111;
				blue = 2'b11;
			end

			else if (vc >= GAMEOVER_Y + (8*PX_PER_BLOCK) && vc <= GAMEOVER_Y + (9*PX_PER_BLOCK) &&
				hc >= GAMEOVER_X + (17*PX_PER_BLOCK) && hc <= GAMEOVER_X + (20*PX_PER_BLOCK))
			begin
				red = 3'b111;
				green = 3'b111;
				blue = 2'b11;
			end

			else if (vc >= GAMEOVER_Y + (7*PX_PER_BLOCK) && vc <= GAMEOVER_Y + (8*PX_PER_BLOCK) &&
				hc >= GAMEOVER_X + (19*PX_PER_BLOCK) && hc <= GAMEOVER_X + (20*PX_PER_BLOCK))
			begin
				red = 3'b111;
				green = 3'b111;
				blue = 2'b11;
			end

			else if (vc >= GAMEOVER_Y + (9*PX_PER_BLOCK) && vc <= GAMEOVER_Y + (10*PX_PER_BLOCK) &&
				hc >= GAMEOVER_X + (18*PX_PER_BLOCK) && hc <= GAMEOVER_X + (19*PX_PER_BLOCK))
			begin
				red = 3'b111;
				green = 3'b111;
				blue = 2'b11;
			end

			else if (vc >= GAMEOVER_Y + (10*PX_PER_BLOCK) && vc <= GAMEOVER_Y + (11*PX_PER_BLOCK) &&
				hc >= GAMEOVER_X + (19*PX_PER_BLOCK) && hc <= GAMEOVER_X + (20*PX_PER_BLOCK))
			begin
				red = 3'b111;
				green = 3'b111;
				blue = 2'b11;
			end
			
			else
			begin
				red = 0;
				green = 0;
				blue = 0;
			end
		end
	end
	// we're outside active vertical range so display black
	else
	begin
		red = 0;
		green = 0;
		blue = 0;
	end
end

endmodule
		/*
		// now display different colors every 80 pixels
		// while we're within the active horizontal range
		// -----------------
		// display white bar
		if (hc >= hbp && hc < (hbp+80))
		begin
			red = 3'b111;
			green = 3'b111;
			blue = 2'b11;
		end
		// display yellow bar
		else if (hc >= (hbp+80) && hc < (hbp+160))
		begin
			red = 3'b111;
			green = 3'b111;
			blue = 2'b00;
		end
		// display cyan bar
		else if (hc >= (hbp+160) && hc < (hbp+240))
		begin
			red = 3'b000;
			green = 3'b111;
			blue = 2'b11;
		end
		// display green bar
		else if (hc >= (hbp+240) && hc < (hbp+320))
		begin
			red = 3'b000;
			green = 3'b111;
			blue = 2'b00;
		end
		// display magenta bar
		else if (hc >= (hbp+320) && hc < (hbp+400))
		begin
			red = 3'b111;
			green = 3'b000;
			blue = 2'b11;
		end
		// display red bar
		else if (hc >= (hbp+400) && hc < (hbp+480))
		begin
			red = 3'b111;
			green = 3'b000;
			blue = 2'b00;
		end
		// display blue bar
		else if (hc >= (hbp+480) && hc < (hbp+560))
		begin
			red = 3'b000;
			green = 3'b000;
			blue = 2'b11;
		end
		// display black bar
		else if (hc >= (hbp+560) && hc < (hbp+640))
		begin
			red = 3'b000;
			green = 3'b000;
			blue = 2'b00;
		end
		*/